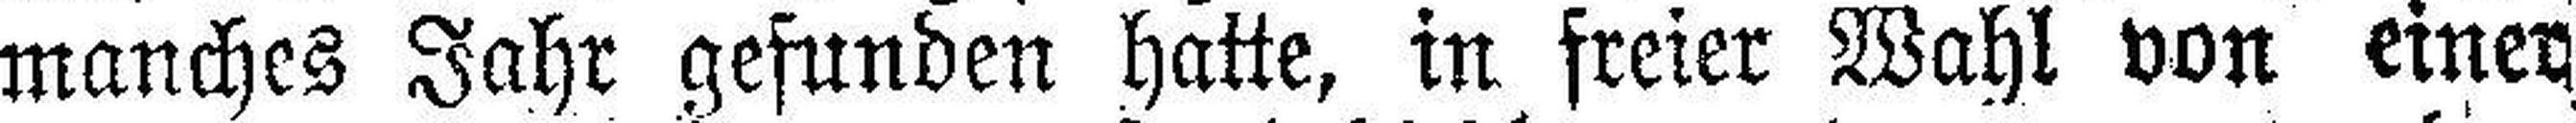
manches Jahr gefunden hatte, in freier Wahl von einen